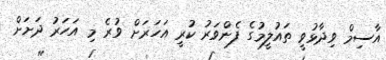
އާސިމް ވިދާޅުވީ ތައުލީމުގެ ފެންވަރު ކުރީ އަހަރަށް ވުރެ މި އަހަރު ދަށަށް